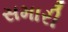
સમારી